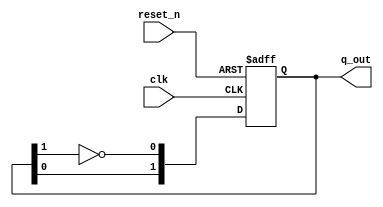
`timescale 1ns / 1ps
//////////////////////////////////////////////////////////////////////////////////
// Company: 
// Engineer: 
// 
// Design Name: 
// Module Name: lab37_graycounter
// Project Name: 
// Target Devices: 
// Tool Versions: 
// Description: 
// 
// Dependencies: 
// 
// Revision:
// Revision 0.01 - File Created
// Additional Comments:
// 
//////////////////////////////////////////////////////////////////////////////////


module lab37_graycounter(
                        input clk,
                        input reset_n,
                        output reg [1:0] q_out
                        );
always @(posedge clk or negedge reset_n)
begin
    if(!reset_n)
        q_out <= 2'b00;
    else
    begin
        //q_out[0] <= q_out[0];
        //q_out[1] <= ~q_out[1];
       q_out <= {q_out[0], ~q_out[1]};
    end
end
endmodule